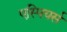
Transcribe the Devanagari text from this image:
एस्पियर्स